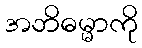
အဘိဓမ္မာကို